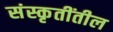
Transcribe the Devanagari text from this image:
संस्कृतींतील